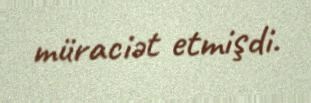
müraciət etmişdi.